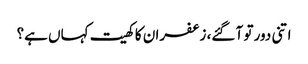
اتنی دور تو آ گئے، زعفران کا کھیت کہاں ہے؟